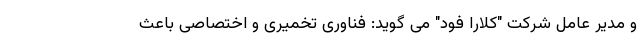
و مدیر عامل شرکت "کلارا فود" می گوید: فناوری تخمیری و اختصاصی باعث